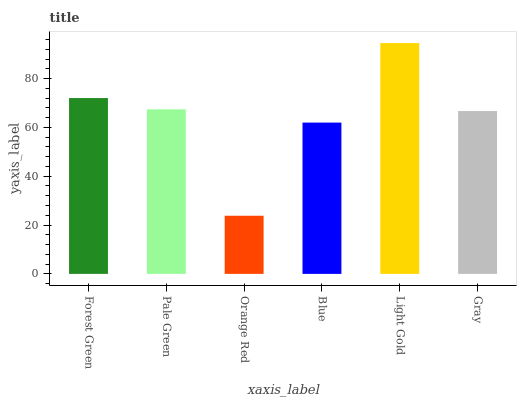
| xaxis_label | bars |
 | --- | --- |
 | Forest Green | 72 |
 | Pale Green | 67.4 |
 | Orange Red | 23.8 |
 | Blue | 62 |
 | Light Gold | 94.5 |
 | Gray | 66.7 |